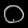
Digit: ၀